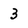
Character: 3